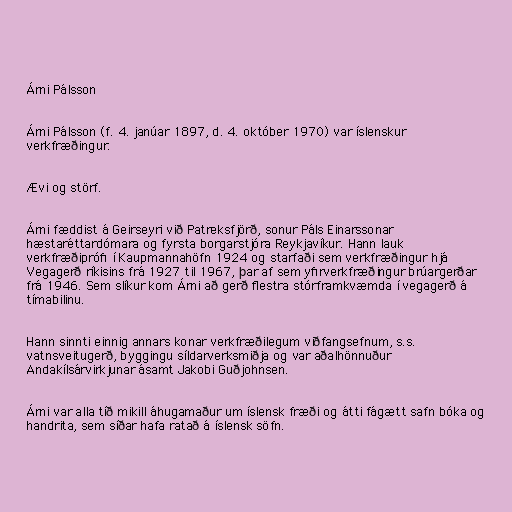
Árni Pálsson

Árni Pálsson (f. 4. janúar 1897, d. 4. október 1970) var íslenskur
verkfræðingur.

Ævi og störf.

Árni fæddist á Geirseyri við Patreksfjörð, sonur Páls Einarssonar
hæstaréttardómara og fyrsta borgarstjóra Reykjavíkur. Hann lauk
verkfræðiprófi í Kaupmannahöfn 1924 og starfaði sem verkfræðingur hjá
Vegagerð ríkisins frá 1927 til 1967, þar af sem yfirverkfræðingur brúargerðar
frá 1946. Sem slíkur kom Árni að gerð flestra stórframkvæmda í vegagerð á
tímabilinu.

Hann sinnti einnig annars konar verkfræðilegum viðfangsefnum, s.s.
vatnsveitugerð, byggingu síldarverksmiðja og var aðalhönnuður
Andakílsárvirkjunar ásamt Jakobi Guðjohnsen.

Árni var alla tíð mikill áhugamaður um íslensk fræði og átti fágætt safn bóka og
handrita, sem síðar hafa ratað á íslensk söfn.